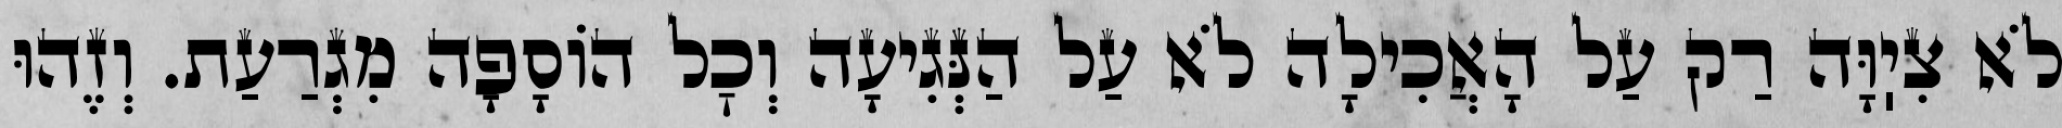
לֹא צִיֽוָּה רַק עַל הָאֲכִילָה לֹא עַל הַנְּגִיעָה וְכׇל הוֹסָפָה מִגְרַעַת. וְזֶהוּ